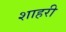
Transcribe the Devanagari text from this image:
शाहरी